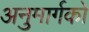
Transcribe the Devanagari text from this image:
अनुमार्गकों